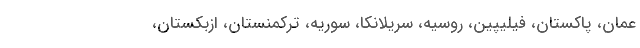
عمان، پاکستان، فیلیپین، روسیه، سریلانکا، سوریه، ترکمنستان، ازبکستان،